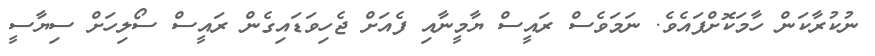
ނުކުރާކަން ހާމަކޮށްފައެވެ. ނަމަވެސް ރައީސް ޔާމީނާއި ފެއަށް ޖެހިވަޑައިގެން ރައީސް ސޯލިހަށް ސިޔާސީ